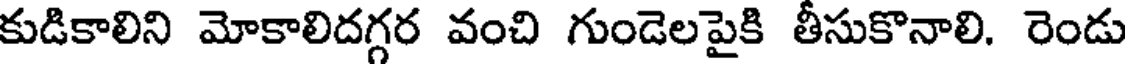
కుడికాలిని మోకాలిదగ్గర వంచి గుండెలపైకి తీసుకొనాలి. రెండు